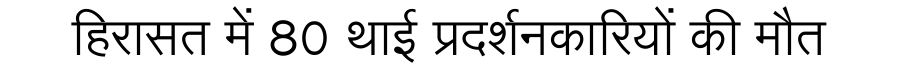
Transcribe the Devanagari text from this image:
हिरासत में 80 थाई प्रदर्शनकारियों की मौत